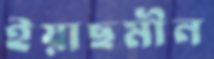
ইয়াছমীন